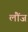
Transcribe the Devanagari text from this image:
लौंज